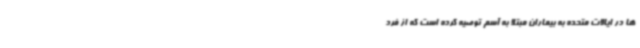
ها در ایالات متحده به بیماران مبتلا به آسم توصیه کرده است که از فرد